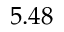
5 . 4 8